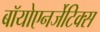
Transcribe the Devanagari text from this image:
बॉयोएनर्जेटिक्स